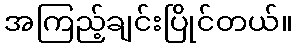
အကြည့်ချင်းပြိုင်တယ်။